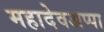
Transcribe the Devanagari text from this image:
महादेवअप्पा